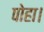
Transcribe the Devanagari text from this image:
पोहा।